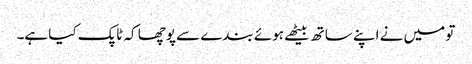
تو میں نے اپنے ساتھ بیٹھے ہوئے بندے سے پوچھا کہ ٹاپک کیا ہے۔